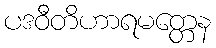
ပဒဝီတိဟာရမတ္တေန